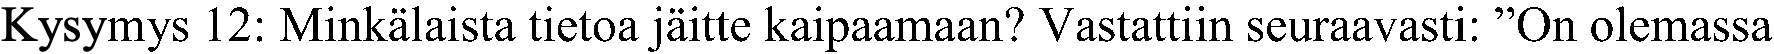
Kysymys 12: Minkälaista tietoa jäitte kaipaamaan? Vastattiin seuraavasti: ”On olemassa